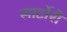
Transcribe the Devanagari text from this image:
सार्टोरी